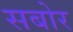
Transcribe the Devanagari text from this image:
सबोर